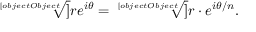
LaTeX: { \sqrt [ [object Object] ] { r e ^ { i \theta } } } = { \sqrt [ [object Object] ] { r } } \cdot e ^ { i \theta / n } .